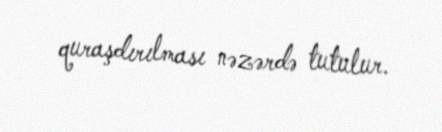
quraşdırılması nəzərdə tutulur.